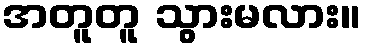
အတူတူ သွားမလား။